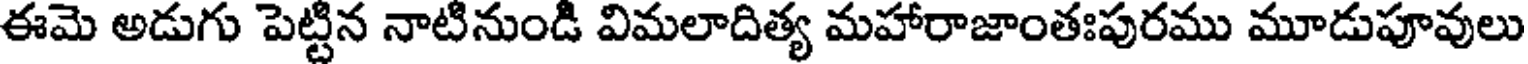
ఈమె అడుగు పెట్టిన నాటినుండి విమలాదిత్య మహారాజాంతఃపురము మూడుపూవులు